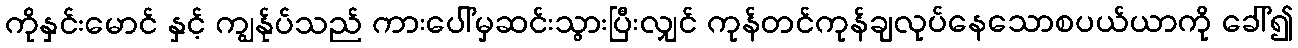
ကိုနှင်းမောင် နှင့် ကျွန်ုပ်သည် ကားပေါ်မှဆင်းသွားပြီးလျှင် ကုန်တင်ကုန်ချလုပ်နေသောစပယ်ယာကို ခေါ်၍